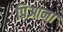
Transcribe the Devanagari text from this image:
पिआना